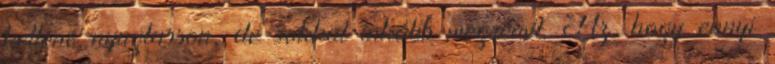
kellene nyugtasson, de sokkal inkább megrémít. Az, hogy ennyi